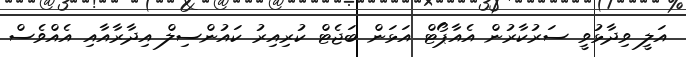
އަލީ ވިދާޅުވީ ސަރުކާރުން އެއާޕޯޓް އަޅަން ބަޖެޓް ކުރިއިރު ކައުންސިލް އިދާރާއާއި އެއްވެސް